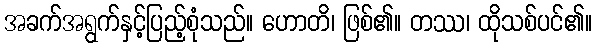
အခက်အရွက်နှင့်ပြည့်စုံသည်။ ဟောတိ၊ ဖြစ်၏။ တဿ၊ ထိုသစ်ပင်၏။